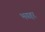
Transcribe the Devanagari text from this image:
भयहर